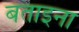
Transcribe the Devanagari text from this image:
बताइना